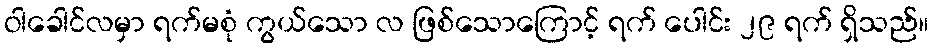
ဝါခေါင်လမှာ ရက်မစုံ ကွယ်သော လ ဖြစ်သောကြောင့် ရက် ပေါင်း ၂၉ ရက် ရှိသည်။